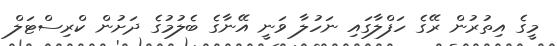
މީގެ އިތުރުން ރޭގެ ހަފްލާގައި ނަހުލާ ވަނީ އޭނާގެ ބެލުމުގެ ދަށުން ކްރިސްޓަލް